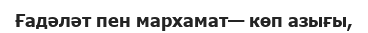
Ғадәләт пен мархамат— көп азығы,